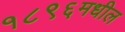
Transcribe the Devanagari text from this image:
१८९६मधील